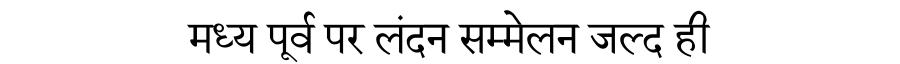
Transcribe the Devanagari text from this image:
मध्य पूर्व पर लंदन सम्मेलन जल्द ही